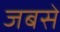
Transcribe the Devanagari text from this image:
जबसें